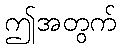
ဤအတွက်